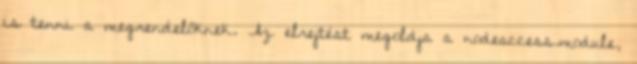
is tenni a megrendelőknek. Az elrejtést megoldja a nodeaccess.module,